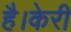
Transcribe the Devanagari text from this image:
है।केरी